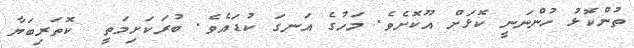
ތުންކޮޅު ހުންނަނީ ކޮޅަށް އޫކޮށެވެ. މަހުގެ އަނގަ ކުޑައެވެ. ބުރަކަށިމަތީ  ކޮތަރިބަޔާ